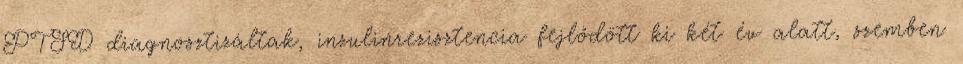
PTSD diagnosztizáltak, inzulinrezisztencia fejlődött ki két év alatt, szemben